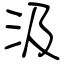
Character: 汲